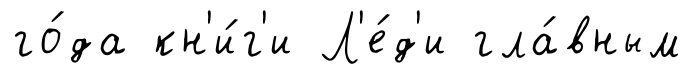
го́да кн'и́г'и Л'е́д'и гла́вным